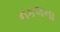
નકલના